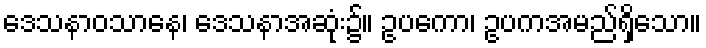
ဒေသနာဝသာနေ၊ ဒေသနာအဆုံး၌။ ဥပကော၊ ဥပကအမည်ရှိသော။